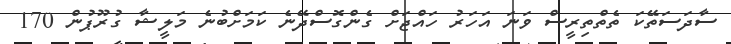
ސާދަސަތޭކަ ތެތްތިރީސް ވަނަ އަހަރު ހައްޖަށް ގެންގޮސްދޭނެ ކަމަށްބުނެ މަލީޝާ ގުރޫޕުުން 170